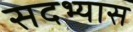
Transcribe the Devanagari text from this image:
सदभ्यास